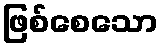
ဖြစ်စေသော